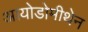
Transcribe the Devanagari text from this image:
आयोडोमीथेन